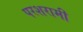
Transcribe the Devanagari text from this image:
परशरामी